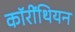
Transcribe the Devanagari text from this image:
कॉरींथियन